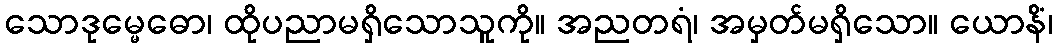
သောဒုမ္မေဓော၊ ထိုပညာမရှိသောသူကို။ အညတရံ၊ အမှတ်မရှိသော။ ယောနိံ၊